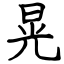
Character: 晃